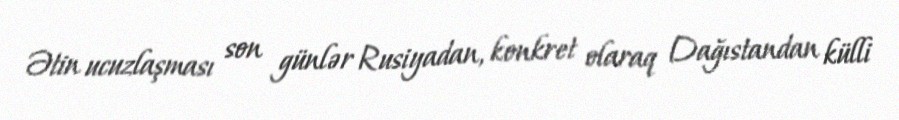
Ətin ucuzlaşması son günlər Rusiyadan, konkret olaraq Dağıstandan külli